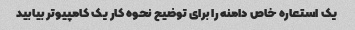
یک استعاره خاص دامنه را برای توضیح نحوه کار یک کامپیوتر بیابید